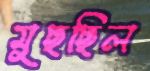
মুছছিল